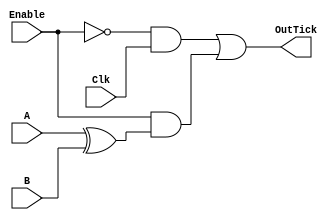
module Quadrature (A, B, Clk, Enable, OutTick);

input A, B, Clk, Enable;
output OutTick;

wire Pulse;
wire FClock;

assign Pulse = A ^ B;

assign OutTick = ((!Enable)&(Clk)) | ((Enable)&(Pulse));

endmodule